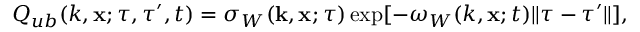
Q _ { u b } ( k , { \bf { x } } ; \tau , \tau ^ { \prime } , t ) = \sigma _ { W } ( { \bf { k } } , { \bf { x } } ; \tau ) \exp [ { - \omega _ { W } } ( k , { \bf { x } } ; t ) \| \tau - \tau ^ { \prime } \| ] ,